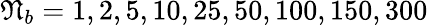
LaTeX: \mathfrak{N}_{b}=1,2,5,10,25,50,100,150,300